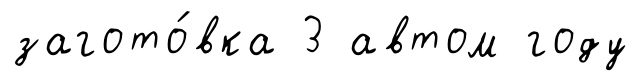
загото́вка 3 автом году